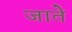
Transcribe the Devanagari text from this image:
जातेे